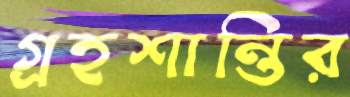
গ্রহশান্তির